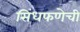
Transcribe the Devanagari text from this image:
सिंधफणेची